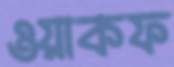
ওয়াকফ